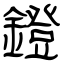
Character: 鐙